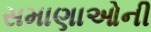
સમાણાઓની